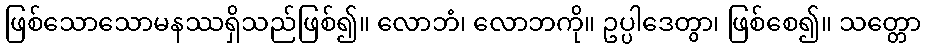
ဖြစ်သောသောမနဿရှိသည်ဖြစ်၍။ လောဘံ၊ လောဘကို။ ဥပ္ပါဒေတွာ၊ ဖြစ်စေ၍။ သတ္တော